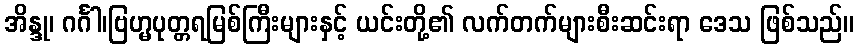
အိန္ဒု၊ ဂင်္ဂါ၊ဗြဟ္မပုတ္တရမြစ်ကြီးများနှင့် ယင်းတို့၏ လက်တက်များစီးဆင်းရာ ဒေသ ဖြစ်သည်။